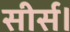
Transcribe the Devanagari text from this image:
सीर्स।